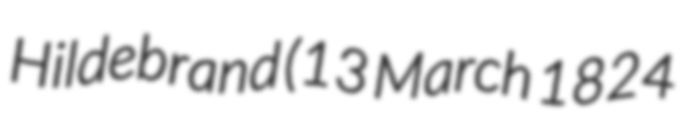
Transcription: Hildebrand (13 March 1824